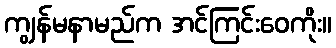
ကျွန်မနာမည်က အင်ကြင်းဝေကိုး။